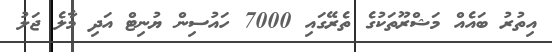
އިތުރު ބައެއް މަޝްރޫތަކުގެ ތެރޭގައި 7000 ހައުސިން ޔުނިޓް އަދި މާލެ ޖަލު